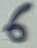
Text: 6